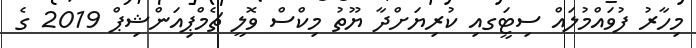
މިހާރު ފުވައްމުލައް ސިޓީަގއި ކުރިޔަށްދާ ޔޫތު މިކްސް ވޮލީ ޗެމްޕިއަންޝިޕް 2019 ގެ